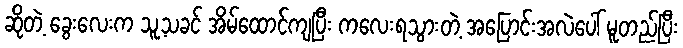
ဆိုတဲ့ ခွေးလေးက သူ့သခင် အိမ်ထောင်ကျပြီး ကလေးရသွားတဲ့ အပြောင်းအလဲပေါ် မူတည်ပြီး